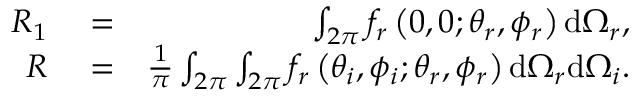
\begin{array} { r l r } { R _ { 1 } } & { { } = } & { \int _ { 2 \pi } f _ { r } \left( 0 , 0 ; \theta _ { r } , \phi _ { r } \right) \mathrm { d } \Omega _ { r } , } \\ { R } & { { } = } & { \frac { 1 } { \pi } \int _ { 2 \pi } \int _ { 2 \pi } f _ { r } \left( \theta _ { i } , \phi _ { i } ; \theta _ { r } , \phi _ { r } \right) \mathrm { d } \Omega _ { r } \mathrm { d } \Omega _ { i } . } \end{array}